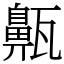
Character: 齀